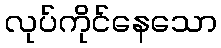
လုပ်ကိုင်နေသော